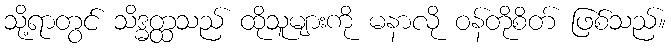
သို့ရာတွင် သိဒ္ဓတ္ထသည် ထိုသူများကို မနာလို ဝန်တိုစိတ် ဖြစ်သည်။